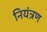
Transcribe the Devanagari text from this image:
नियंत्रण